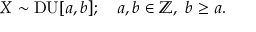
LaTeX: X \sim \mathrm { D U } [ a , b ] ; \quad a , b \in \mathbb { Z } , \ b \geq a .